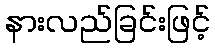
နားလည်ခြင်းဖြင့်